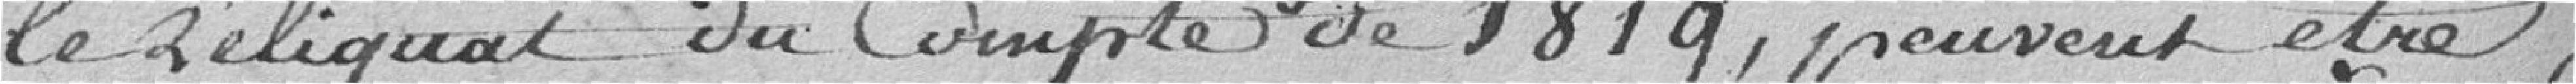
le reliquat du compte de 1819, peuvent être